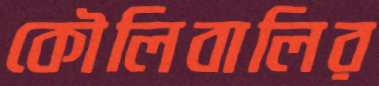
কৌলিবালির